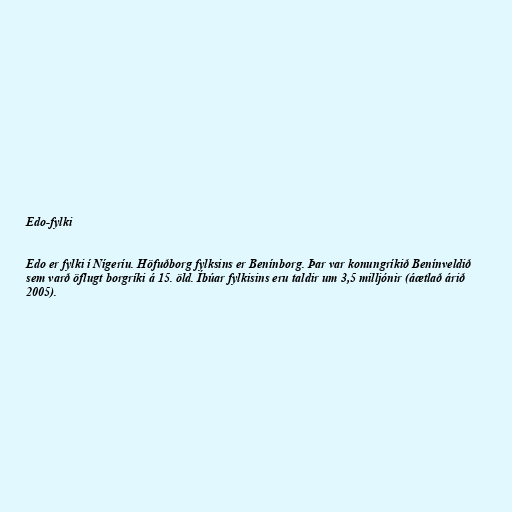
Edo-fylki

Edo er fylki í Nígeríu. Höfuðborg fylksins er Benínborg. Þar var konungríkið Benínveldið
sem varð öflugt borgríki á 15. öld. Íbúar fylkisins eru taldir um 3,5 milljónir (áætlað árið
2005).